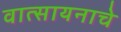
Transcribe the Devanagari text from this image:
वात्सायनाचे